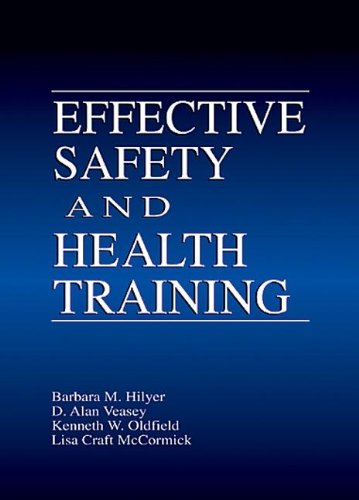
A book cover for Effective Safety and Health Training; Barbara Hilyer; Health, Fitness & Dieting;